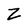
Character: Z